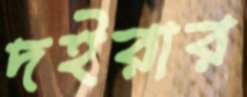
দইরার